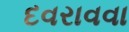
દવરાવવા